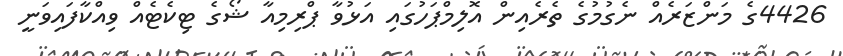
4426ގެ މަންޒަރެއް ނެގުމުގެ ތެރެއިން އޮލިމްޕަހުގައި އަޅުވާ ޕްރިމިއާ ޝޯގެ ޓިކެޓެއް ވިއްކާފައިވަނީ